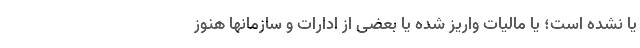
یا نشده است؛ یا مالیات واریز شده یا بعضی از ادارات و سازمانها هنوز